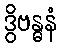
ဒွိဗန္ဓနံ